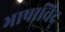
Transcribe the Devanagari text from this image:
भाषाविद्‍